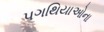
પગથિયાઓના